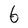
Character: 6